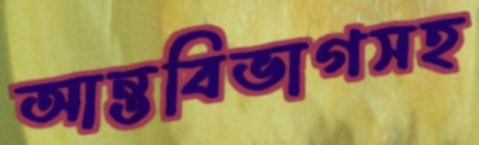
আন্তবিভাগসহ